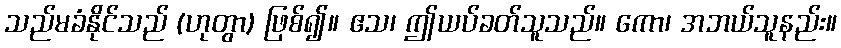
သည်မခံနိုင်သည် (ဟုတွာ) ဖြစ်၍။ ဧသ၊ ဤယပ်ခတ်သူသည်။ ကော၊ အဘယ်သူနည်း။